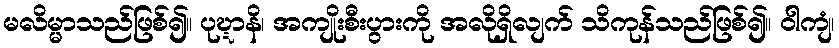
မလိမ္မာသည်ဖြစ်၍။ ပုဎ္ဍာနိ၊ အကျိုးစီးပွားကို အလိုရှိလျက် သိကုန်သည်ဖြစ်၍။ ဝါကျံ၊